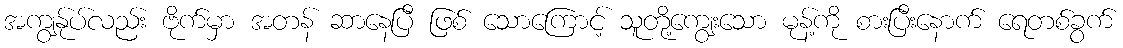
အကျွန်ုပ်လည်း ဗိုက်မှာ အတန် ဆာနေပြီ ဖြစ် သောကြောင့် သူတို့ကျွေးသော မုန့်ကို စားပြီးနောက် ရေတစ်ခွက်